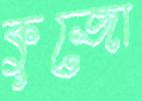
কুজো